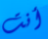
أنت